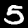
Label: 5